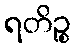
ရတိဉ္စ